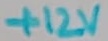
Text: +12V